Report on the cultivation and use of ganja
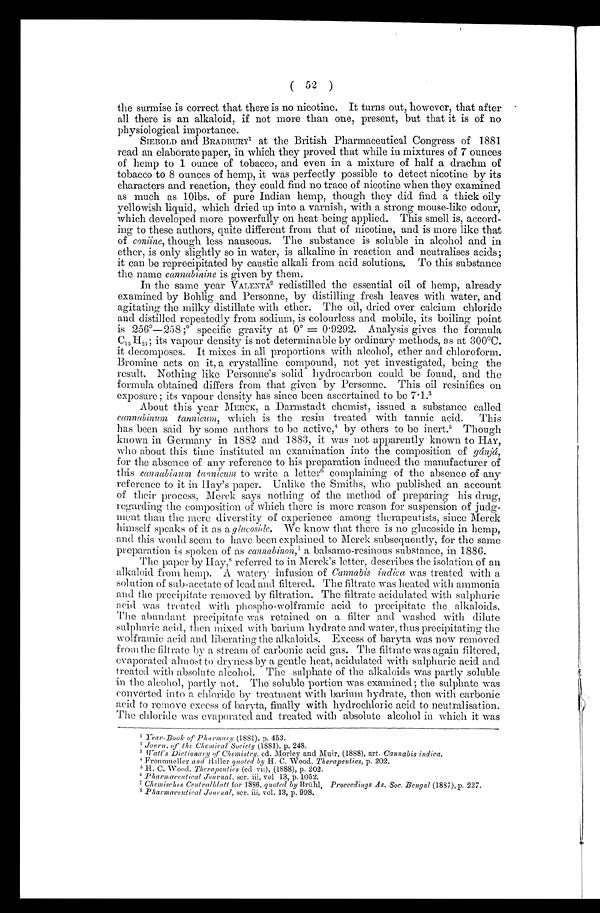
( 52 )
the surmise is correct that there is no nicotine. It turns out, however, that after
all there is an alkaloid, if not more than one, present, but that it is of no
physiological importance.
SIEBOLD and BRADBURY' at the British Pharmaceutical Congress of 1881
read an elaborate paper, in which they proved that while in mixtures of 7 ounces
of hemp to 1 ounce of tobacco, and even in a mixture of half a drachm of
tobacco to 8 ounces of hemp, it was perfectly possible to detect nicotine by its
characters and reaction, they could find no trace of nicotine when they examined
as much as 10lbs. of pure Indian hemp, though they did find a thick oily
yellowish liquid, which dried up into a varnish, with a strong mouse-like odour,
which developed more powerfully on heat being applied. This smell is, accord-
ing to these authors, quite different from that of nicotine, and is more like that
of coniine, though less nauseous. The substance is soluble in alcohol and in
ether, is only slightly so in water, is alkaline in reaction and neutralises acids;
it can be reprecipitated by caustic alkali from acid solutions. To this substance
the name cannabinine is given by them.
In the same year VALENTA2 redistilled the essential oil of hemp, already
examined by Dohlig and Personne, by distilling fresh leaves with water, and
agitating the milky distillate with ether. The oil, dried over calcium chloride
and distilled repeatedly from sodium, is colourless and mobile, its boiling point
is 256°-258;`) specific gravity at 0° 0 . 9292. Analysis gives the formula
C15H24; its vapour density is not determinable by ordinary methods, as at 300°C.
it decomposes. It mixes in all proportions with alcohol, ether and chloroform.
Bromine acts on it, a crystalline compound, not yet investigated, being the
result. Nothing like Personne's solid hydrocarbon could be found, and the
formula obtained differs from that given by Personne. This oil resinifies on
exposure its vapour density has since been ascertained to be 7.1.3
About this year MERCK, a Darmstadt chemist, issued a substance called
cannabinum tarazicum, which is the resin treated with tannic acid. This
has been said by some authors to be active,' by others to be inert.' Though
known in Germany in 1882 and 1883, it was not apparently known to HAY,
who about this time instituted an examination into the composition of ficinici,
for the absence of any reference to his preparation induced the manufacturer of
this eannabinum tannicum to write a letter" complaining of the absence of any
reference to it in Hay's paper. Unlike the Smiths, who published an account
of their process, Merck says nothing of the method of preparing his drug,
regarding the composition of which there is more reason for suspension of judg-
ment than the mere diverstity of experience among therapeutists, since Merck
himself speaks of it as a gly coside. We know that there is no glucoside in hemp,
and this would seem to have been explained to Merck subsequently, for the same
preparation is spoken of as cannabinon,,7a b a l s a m o - r e s i n o u s s u b s t a n c e , i n 1 8 8 6 .
The paper by Hay, 8 referred t o i n Merck' s l et t er, descri bes t he i sol at i on of an
alkaloid from hemp. A watery infusion of Cannabis indica was treated with a
solution of sub-acetate of lead and filtered. The filtrate was heated with ammonia
and the precipitate removed by filtration. The filtrate acidulated with sulphuric
acid was treated with phospho-wolframic acid to precipitate the alkaloids.
The abundant precipitate was retained on a filter and washed with dilute
sulphuric acid, then mixed with barium hydrate and water, thus precipitating the
wolframic acid and liberating the alkaloids. Excess of baryta was now removed
from the filtrate b y a stream of carbonic acid gas. The filtrate was again filtered,
evaporated almost to dryness by a gentle heat, acidulated with sulphuric acid and
treated with absolute alcohol. The sulphate of the alkaloids was partly soluble
in the alcohol, partly not. The soluble portion was examined; the sulphate was
converted into a chloride by treatment with barium hydrate, then with carbonic
acid to remove excess of baryta, finally with hydrochloric acid to neutralisation.
The chloride was evaporated and treated with absolute alcohol in which it was
1 rear-Book of Pharmacy (1881), p. 453.
² JOUP71. qf the Chemical Society (1881), p. 248.
³ Tratt's Diction«ry of Chemistry, ed. Morley and Muir, (1888), art. Cannabis indica.
4 Fronmueller and 11 iller quoted by H. C. Wood, Therapeutics, p. 202.
5 H. C. Wood. Therapeutics (ed vii), (1888), p. 202.
6 Pharmaceutical Journal, ser. vol 13, p. 1052.
7 Chemisches Centralblatt for ]886, quoted by Brühl, Proceedings As, Soc. Bengal (1887),p. 227.
8 Pharmaceutical Journal, ser. iii, vol. 13, p. 998,
L